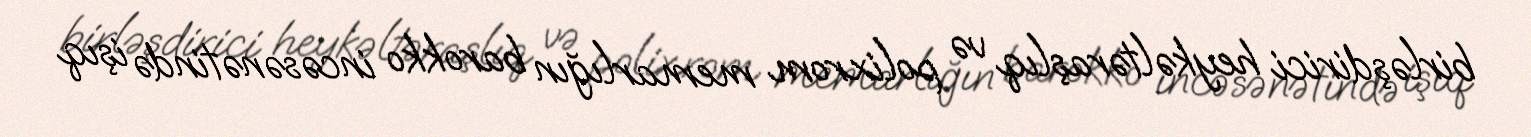
birləşdirici heykəltəraşlıq və polixrom memarlığın barokko incəsənətində işıq